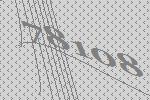
78108